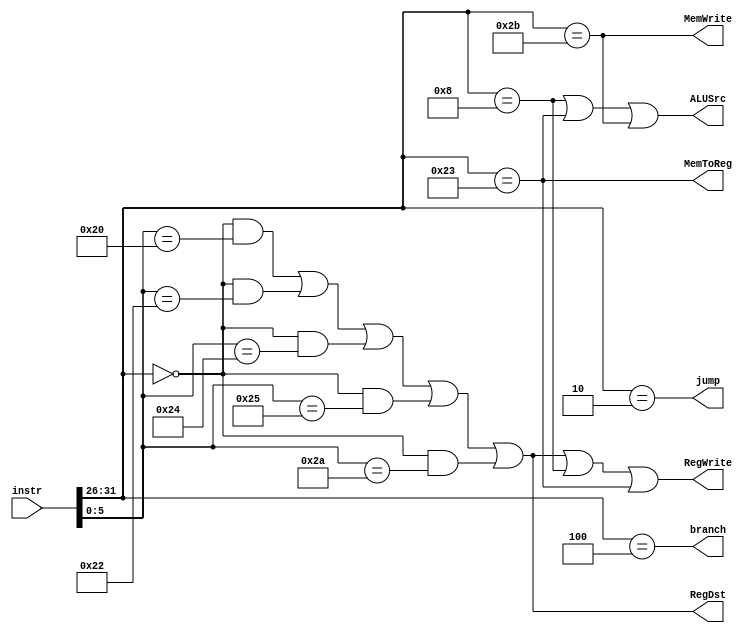
module controlsignals (
	input [31:0] instr,
	output branch, jump, MemToReg, MemWrite, RegDst, RegWrite, ALUSrc
);
	wire [5:0] opcode, func;
	assign opcode = instr[31:26];
	assign func = instr[5:0];
	wire add = ((opcode == 6'h00) & (func == 6'h20));
	wire sub = ((opcode == 6'h00) & (func == 6'h22));
	wire andd = ((opcode == 6'h00) & (func == 6'h24));
	wire orr = ((opcode == 6'h00) & (func == 6'h25));
	wire slt = ((opcode == 6'h00) & (func == 6'h2A));
	wire lw = (opcode == 6'h23);
	wire sw = (opcode == 6'h2B);
	wire beq = (opcode == 6'h04);
	wire addi = (opcode == 6'h08);
	wire jmp = (opcode == 6'h02);
	assign branch = beq;
	assign jump = jmp;
	assign MemToReg = lw;
	assign MemWrite = sw;
	assign RegDst = add | sub | andd | orr | slt;
	assign RegWrite = add | sub | andd | orr | slt | addi | lw;
	assign ALUSrc = addi | lw | sw;
endmodule